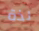
لذة